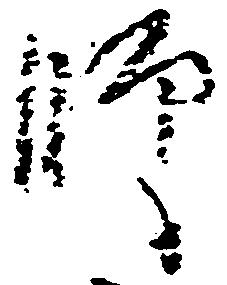
師